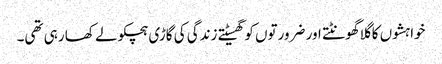
خواہشوں کا گلا گھونٹتے اور ضرورتوں کو گھسیٹتے زندگی کی گاڑی ہچکولے کھا رہی تھی۔